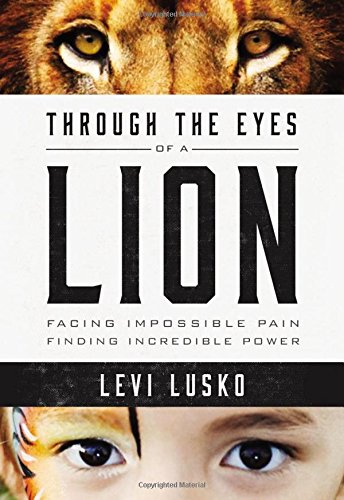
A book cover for Through the Eyes of a Lion: Facing Impossible Pain, Finding Incredible Power; Levi Lusko; Christian Books & Bibles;